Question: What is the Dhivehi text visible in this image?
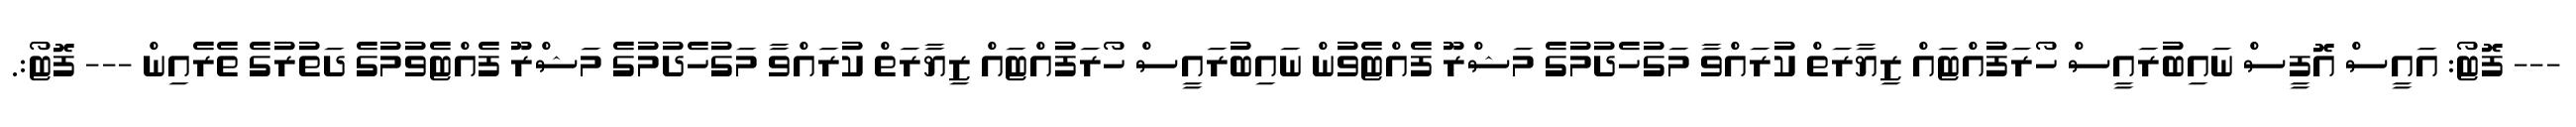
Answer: --- ފޮޓޯ: އައީސް އޮފީސް ނައިބުރައީސް ހޯރަފުއްޓައް ޒިޔާރަތް ކުރައްވާ މަގުހެދުމުގެ މަޝްރޫ ފެއްޓެވުން ނައިބުރައީސް ހޯރަފުއްޓައް ޒިޔާރަތް ކުރައްވާ މަގުހެދުމުގެ މަޝްރޫ ފެއްޓެވުމުގެ ދަތުރުގެ ތެރެއިން --- ފޮޓޯ:.